Vaccination United Provinces of Agra and Oudh 1914-1922 - 1914-1922
Year: 1914
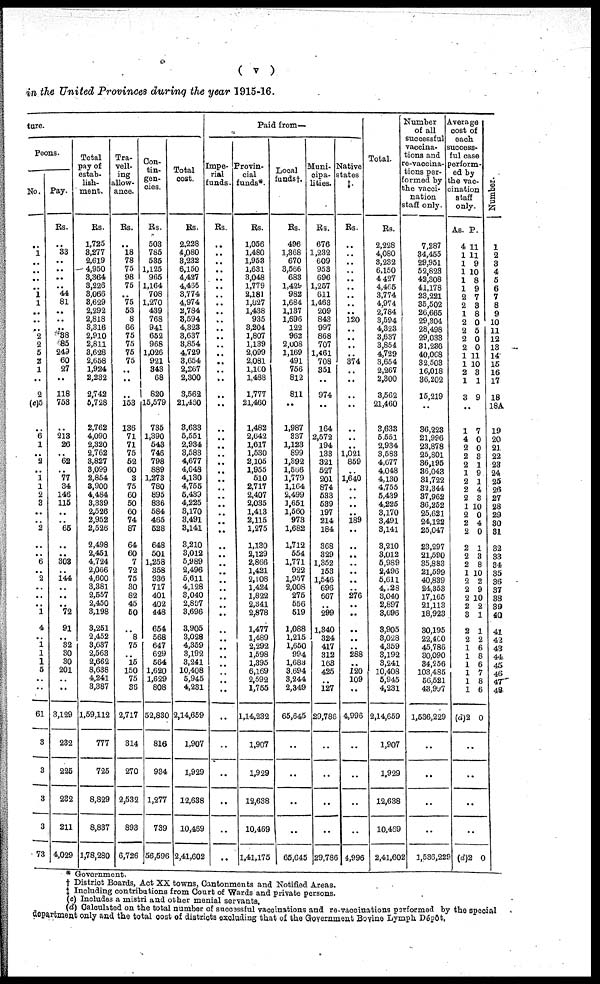
( v )
in the United Provinces during the year 1915-16.
ture.
Peons.
No.
..
1
..
..
..
..
1
1
..
..
..
2
2
5
2
1
..
2
(c)5
..
6
1
..
2
..
1
1
2
3
..
..
2
..
..
6
..
2
..
..
..
1
4
..
1
1
1
5
..
..
61
3
3
3
3
73
Pay.
Rs.
..
33
..
..
..
..
44
81
..
..
..
38
85
249
60
27
..
118
753
..
213
26
..
62
..
77
34
146
115
..
..
65
..
..
303
..
144
..
..
..
72
91
..
32
30
30
201
..
..
3,129
232
225
232
211
4,029
Total
pay of
estab-
lish-
ment.
Rs.
1,725
3,277
2,619
4,950
3,364
3,226
3,066
3,629
2,292
2,818
3,316
2,910
2,811
3,628
2,658
1,924
2,232
2,742
5,728
2,762
4,090
2,320
2,762
3,827
3,099
2,854
3,900
4,484
3,339
2,526
2,952
2,526
2,498
2,451
4,724
2,066
4,600
3,381
2,557
2,450
3,198
3,251
2,452
3,637
2,563
2,662
8,638
4,241
3,387
1,59,112
777
725
8,829
8,837
1,78,280
Tra-
vell-
ing
allow-
ance.
Rs.
..
18
78
75
98
75
..
75
53
8
66
75
75
75
75
..
..
..
153
136
71
71
75
52
60
3
75
60
50
60
74
87
64
60
7
72
75
30
82
45
50
..
8
75
..
15
150
75
36
2,717
314
270
2,532
893
6,726
Con-
tin-
gen-
cies.
Rs.
503
785
535
1,125
965
1,164
708
1,270
439
768
941
652
968
1,026
921
343
68
820
15,579
735
1,390
543
746
798
889
1,273
780
895
836
584
465
528
648
501
1,258
358
936
717
401
402
448
654
568
647
629
564
1,620
1,629
808
52,830
816
934
1,277
739
56,596
Total
cost.
Rs.
2,228
4,080
3,232
6,150
4,427
4,465
3,774
4,974
2,784
3,594
4,323
3,637
3,854
4,729
3,654
2,267
2,300
3,562
21,450
3,633
5,551
2,934
3,583
4,677
4,048
4,130
4,755
5,439
4,225
3,170
3,491
3,141
3,210
3,012
5,989
2,496
5,611
4,128
3,040
2,897
3,696
3,905
3,028
4,359
3,192
3,241
10,408
5,945
4,231
2,14,659
1,907
1,929
12,688
10,469
2,41,602
Paid from—
Impe-
rial
funds.
Rs.
..
..
..
..
..
..
..
..
..
..
..
..
..
..
..
..
..
..
..
..
..
..
..
..
..
..
..
..
..
..
..
..
..
..
..
..
..
..
..
..
..
..
..
..
..
..
..
..
..
..
..
..
..
..
..
Provin-
cial
funds*.
Rs.
1,056
1,480
1,953
1,631
3,048
1,779
2,181
1,827
1,438
935
3,204
1,807
1,139
2,099
2,081
1,100
1,488
1,777
21,460
1,482
2,642
1,617
1,530
2,105
1,955
510
2,717
2,407
2,035
1,413
2,115
1,275
1,130
2,129
2,866
1,421
2,108
1,424
1,822
2,341
2,878
1,477
1,489
2,292
1,598
1,395
6,169
2,592
1,755
1,14,232
1,907
1,929
12,638
10,469
1,41,175
Local
funds†.
Rs.
496
1,368
670
3,566
683
1,429
982
1,684
1,137
1,696
122
962
2,008
1,169
491
756
812
811
..
1,987
337
1,123
899
1,392
1,566
1,779
1,164
2,499
1,651
1,560
973
1,682
1,712
554
1,771
922
1,957
2,008
275
556
519
1,088
1,215
1,650
994
1,683
3,694
3,244
2,349
65,645
..
..
..
..
65,645
Muni-
cipa-
lities.
Rs.
676
1,232
609
953
696
1,257
611
1,463
209
843
997
868
707
1,461
708
351
..
974
..
164
2,572
194
133
321
527
201
874
533
539
197
214
184
368
329
1,352
153
1,546
696
667
..
299
1,340
324
417
312
163
425
..
127
29,789
..
..
..
..
29,786
Native
states
‡.
Rs.
..
..
..
..
..
..
..
..
..
120
..
..
..
..
374
..
..
..
..
..
..
..
1,021
859
..
1,640
..
..
..
..
189
..
..
..
..
..
..
..
276
..
..
..
..
..
288
..
120
109
..
4,996
..
..
..
..
4,996
Total.
Rs.
2,228
4,080
3,232
6,150
4,427
4,465
3,774
4,974
2,784
3,594
4,323
3,637
3,854
4,729
3,654
2,267
2,300
3,562
21,460
3,633
5,551
2,934
3,583
4,677
4,048
4,130
4,755
5,439
4,225
3,170
3,491
3,141
3,210
3,012
5,989
2,496
5,611
4,128
3,040
2,897
3,696
3,905
3,028
4,359
3,192
3,241
10,408
5,945
4,231
2,14,659
1,907
1,929
12,638
10,469
2,41,602
Number
of all
successful
vaccina-
tions and
re-vaccina-
tions per-
formed by
the vacci-
nation
staff only.
7,287
34,455
29,951
52,823
42,308
41,178
23,221
35,502
26,665
29,304
28,498
29,033
31,236
40.008
32,503
16,018
36,202
15,219
..
36,223
21,996
23,878
25,801
36,195
36,043
31,722
32,344
37,962
36,252
25,621
24,122
25,047
23,297
21,590
35,883
21,599
40,839
24,353
17,165
21,113
18,923
30,195
22,400
45,786
30,090
34,556
103,485
56,521
43,997
1,536,229
..
..
..
..
1,536,229
Average
cost of
each
success-
ful case
perform-
ed by
the vac-
cination
staff
only.
As.
4
1
1
1
1
1
2
2
1
2
2
2
2
1
1
2
1
3
..
1
4
2
2
2
1
2
2
2
1
2
2
2
2
2
2
1
2
2
2
2
3
2
2
1
1
1
1
1
1
(d)2
P.
11
11
9
10
8
9
7
3
8
0
5
0
0
11
10
3
1
9
..
7
0
0
3
1
9
1
4
3
10
0
4
0
1
3
8
10
2
9
10
2
1
1
2
6
8
6
7
8
6
0
..
..
..
..
(d)2 0
Number.
1
2
3
4
5
6
7
8
9
10
11
12
13
14
15
16
17
18
18A
19
20
21
22
23
24
25
26
27
28
29
30
31
32
33
34
35
36
37
38
39
40
41
42
43
44
45
46
47
48
* Government.
† District Boards, Act XX towns, Cantonments and Notified Areas.
‡ Including contributions from Court of Wards and private persons.
(c) Includes a mistri and other menial servants.
(d) Calculated on the total number of successful vaccinations and re-vaccinations performed by the special
department only and the total cost of districts excluding that of the Government Bovine Lymph Dépôt.